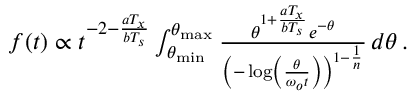
\begin{array} { r } { f ( t ) \propto t ^ { - 2 - \frac { a T _ { x } } { b T _ { s } } } \int _ { \theta _ { \mathrm { m i n } } } ^ { \theta _ { \mathrm { m a x } } } \frac { \theta ^ { 1 + \frac { a T _ { x } } { b T _ { s } } } e ^ { - \theta } } { \left( - \log \left( \frac { \theta } { \omega _ { o } t } \right) \right) ^ { 1 - \frac { 1 } { n } } } \, d \theta \, . } \end{array}